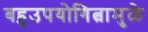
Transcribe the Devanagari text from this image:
बहुउपयोगित्वामुळे